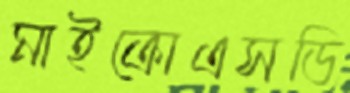
মাইক্রোএসডি